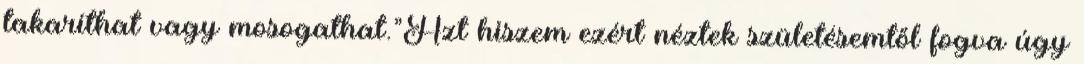
takaríthat vagy mosogathat.”Azt hiszem ezért néztek születésemtől fogva úgy